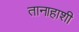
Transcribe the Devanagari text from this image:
तानाहाशी